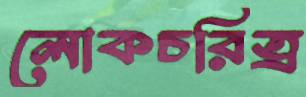
লোকচরিত্র